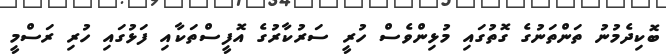
ބޮކިދެމުނު ތަންތަނުގެ ގޮތުގައި މުޅިންވެސް ހުރީ ސަރުކާރުގެ އޮފީސްތަކާއި ފަޅުގައި ހުރި ރަސްމީ